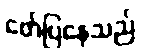
ဖော်ပြနေသည်